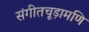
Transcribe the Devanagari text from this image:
संगीतचूड़ामणि